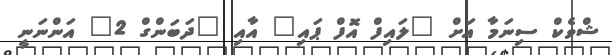
ޝްވެކް ސިނަމާ އަށް "ލައިފް އޮފް ޕައި" އާއި "ދަބަންގް 2" އަންނަނީ